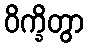
ဝိက္ခိတွာ